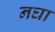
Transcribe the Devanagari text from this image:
नघा